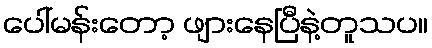
ပေါ်မန်းတော့ ဖျားနေပြီနဲ့တူသပ။